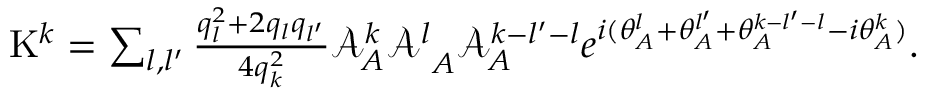
\begin{array} { r } { \mathrm { K } ^ { k } = \sum _ { l , l ^ { \prime } } \frac { q _ { l } ^ { 2 } + 2 q _ { l } q _ { l ^ { \prime } } } { 4 q _ { k } ^ { 2 } } { \mathcal { A } _ { A } ^ { k } \mathcal { A } ^ { l } } _ { A } \mathcal { A } _ { A } ^ { k - l ^ { \prime } - l } e ^ { i ( \theta _ { A } ^ { l } + \theta _ { A } ^ { l ^ { \prime } } + \theta _ { A } ^ { k - l ^ { \prime } - l } - { i \theta _ { A } ^ { k } } ) } . } \end{array}